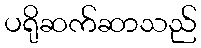
ပရိုဆက်ဆာသည်